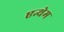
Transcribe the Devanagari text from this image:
एन्थेम